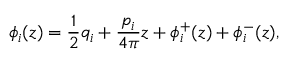
\phi _ { i } ( z ) = \frac { 1 } { 2 } q _ { i } + \frac { p _ { i } } { 4 \pi } z + \phi _ { i } ^ { + } ( z ) + \phi _ { i } ^ { - } ( z ) ,